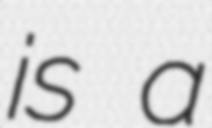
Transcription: is a